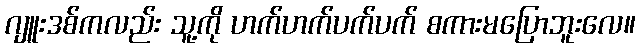
ဂျူးဒစ်ကလည်း သူ့ကို ဟက်ဟက်ပက်ပက် စကားမပြောဘူးလေ။